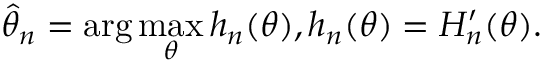
{ \widehat { \theta } } _ { n } = \arg \operatorname* { m a x } _ { \theta } h _ { n } ( \theta ) , h _ { n } ( \theta ) = H _ { n } ^ { \prime } ( \theta ) .